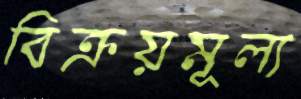
বিক্রয়মূল্য